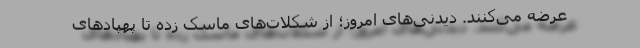
عرضه می‌کنند. دیدنی‌های امروز؛ از شکلات‌های ماسک زده تا پهپادهای